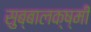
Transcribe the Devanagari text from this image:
सुब्बालक्ष्मी